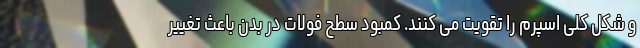
و شکل کلی اسپرم را تقویت می کنند. کمبود سطح فولات در بدن باعث تغییر